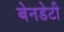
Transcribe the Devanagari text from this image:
बेनडेटी